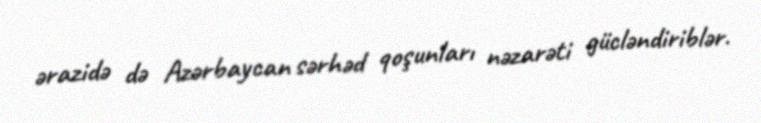
ərazidə də Azərbaycan sərhəd qoşunları nəzarəti gücləndiriblər.